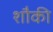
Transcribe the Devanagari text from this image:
शौकी